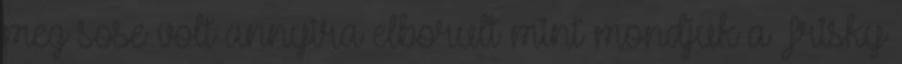
meg sose volt annyira elborult mint mondjuk a Frisky